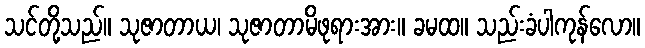
သင်တို့သည်။ သုဇာတာယ၊ သုဇာတာမိဖုရားအား။ ခမထ။ သည်းခံပါကုန်လော။